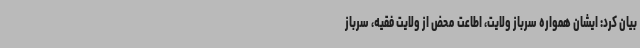
بیان کرد: ایشان همواره سرباز ولایت، اطاعت محض از ولایت فقیه، سرباز